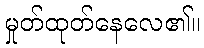
မှုတ်ထုတ်နေလေ၏။